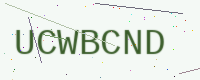
Text: UCWBCND